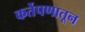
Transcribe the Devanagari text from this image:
कर्तेपणातून